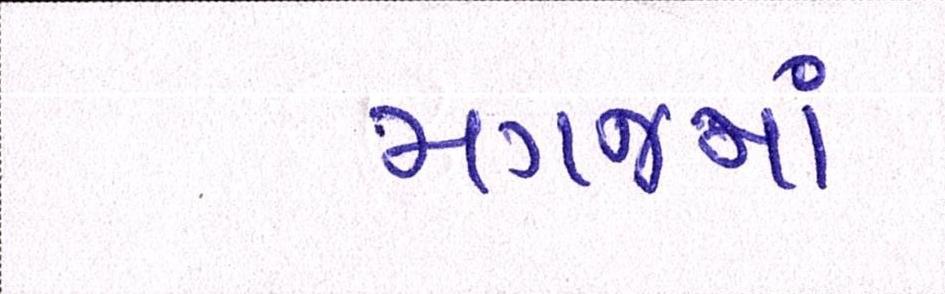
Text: મગજમાં